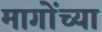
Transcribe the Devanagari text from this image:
मागोंच्या